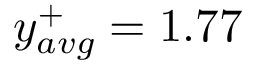
y _ { a v g } ^ { + } = 1 . 7 7